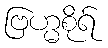
ဗြဟ္မစိုရ်